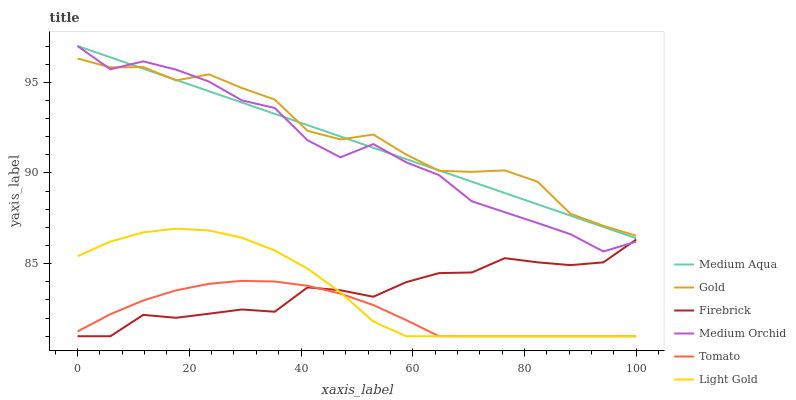
| xaxis_label | Medium Aqua | Gold | Firebrick | Medium Orchid | Tomato | Light Gold |
 | --- | --- | --- | --- | --- | --- | --- |
 | 0 | 97 | 96.3 | 81 | 97 | 81.3 | 85.4 |
 | 5.88 | 96.4 | 95.8 | 81 | 95.7 | 82.2 | 86.2 |
 | 11.8 | 95.8 | 95.8 | 82.2 | 96.2 | 83 | 86.7 |
 | 17.6 | 95.1 | 95.1 | 82 | 95.7 | 83.5 | 86.9 |
 | 23.5 | 94.5 | 95.4 | 82.2 | 95 | 83.9 | 86.8 |
 | 29.4 | 93.9 | 94.7 | 82.5 | 94 | 84.1 | 86.4 |
 | 35.3 | 93.3 | 94 | 82.4 | 93.6 | 84 | 85.7 |
 | 41.2 | 92.6 | 92.3 | 83.7 | 91.8 | 83.8 | 84.7 |
 | 47.1 | 92 | 91.9 | 83.5 | 90.9 | 83.3 | 83.4 |
 | 52.9 | 91.4 | 92.1 | 83.2 | 91.6 | 82.7 | 81.8 |
 | 58.8 | 90.8 | 91 | 84 | 90.6 | 81.9 | 81 |
 | 64.7 | 90.1 | 90.1 | 84.5 | 89.9 | 81 | 81 |
 | 70.6 | 89.5 | 90.1 | 84.5 | 88.4 | 81 | 81 |
 | 76.5 | 88.9 | 90.1 | 85.3 | 87.8 | 81 | 81 |
 | 82.4 | 88.3 | 89.5 | 85.1 | 87.2 | 81 | 81 |
 | 88.2 | 87.6 | 87.7 | 84.9 | 86.6 | 81 | 81 |
 | 94.1 | 87 | 87.1 | 85.1 | 85.7 | 81 | 81 |
 | 100 | 86.4 | 86.5 | 86.3 | 86.2 | 81 | 81 |